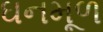
ઘનમૂળ